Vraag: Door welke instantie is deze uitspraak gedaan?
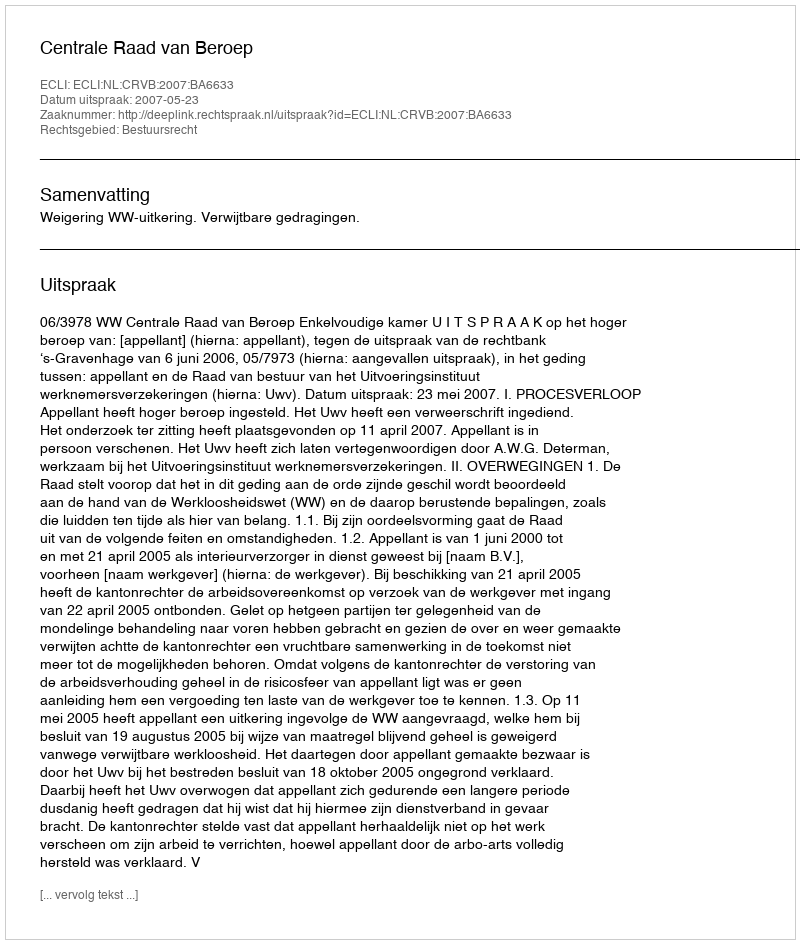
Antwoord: Centrale Raad van Beroep